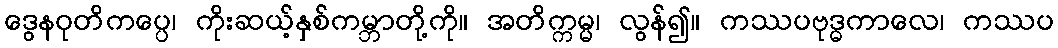
ဒွေနဝုတိကပ္ပေ၊ ကိုးဆယ့်နှစ်ကမ္ဘာတို့ကို။ အတိက္ကမ္မ၊ လွန်၍။ ကဿပဗုဒ္ဓကာလေ၊ ကဿပ